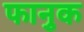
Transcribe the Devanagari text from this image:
फानुक